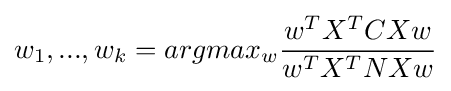
{w_{1},...,w_{k}}=argmax_{w}{\frac {w^{T}X^{T}CXw}{w^{T}X^{T}NXw}}